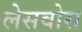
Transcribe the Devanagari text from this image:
लेसवोस